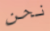
نحن